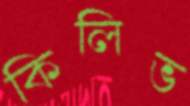
কিলিভ